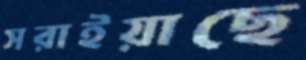
সরাইয়াছে